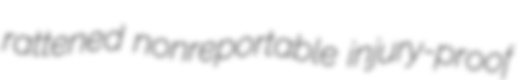
rattened nonreportable injury-proof